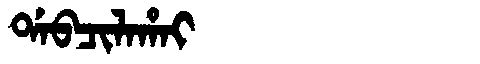
Manchu: ᡩᠠᠪᠴᡳᠯᠠᡥᠠᡳ
Romanization: DABCILAHAI